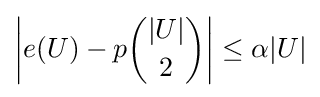
\left|e(U)-p{\binom {|U|}{2}}\right|\leq \alpha |U|